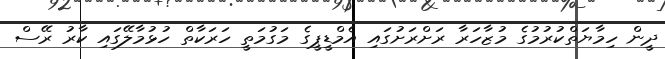
ދީން ހިމާޔަތްކުރުމުގެ މުޒާހަރާ ރަށްރަށުގައި އެމްޑީޕީގެ މަގުމަތީ ހަރަކާތް ހުޅުމާލޭގައި ކާރު ރޭސް